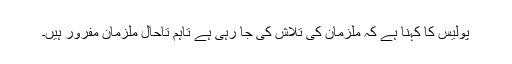
پولیس کا کہنا ہے کہ ملزمان کی تلاش کی جا رہی ہے تاہم تاحال ملزمان مفرور ہیں۔